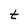
Character: t